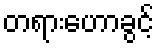
တရားဟောခွင့်